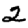
Digit: 2